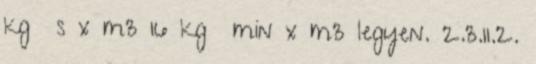
kg s x m3 16 kg min x m3 legyen. 2.3.11.2.